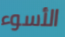
الأسوء